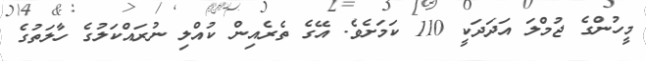
މީހުންގެ ޖުމްލަ އަދަދަކީ 110 ކަމަށެވެ. އޭގެ ތެރެއިން ކުއްލި ނުރައްކަލުގެ ހާލަތުގެ